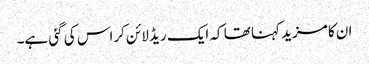
ان کا مزید کہنا تھا کہ ایک ریڈ لائن کراس کی گئی ہے۔